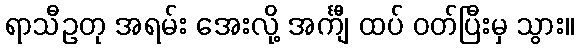
ရာသီဥတု အရမ်း အေးလို့ အင်္ကျီ ထပ် ဝတ်ပြီးမှ သွား။